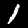
Digit: 1